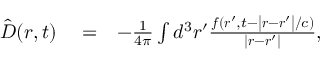
\begin{array} { r l r } { { \hat { \boldsymbol D } } ( \boldsymbol r , t ) } & { { } = } & { - \frac { 1 } { 4 \pi } \int d ^ { 3 } \boldsymbol r ^ { \prime } \frac { \boldsymbol f ( \boldsymbol r ^ { \prime } , t - \left| \boldsymbol r - \boldsymbol r ^ { \prime } \right| / c ) } { \left| \boldsymbol r - \boldsymbol r ^ { \prime } \right| } , } \end{array}